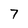
Character: 7